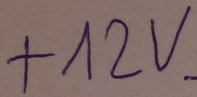
Text: +12V